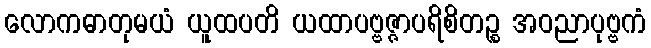
လောကဓာတုမယံ ယူထပတိ ယထာပဗ္ဗဇ္ဇာပရိစိတဉ္စ အဝညာပုဗ္ဗကံ